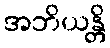
အဘိယန္တိ